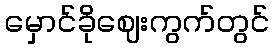
မှောင်ခိုဈေးကွက်တွင်